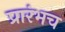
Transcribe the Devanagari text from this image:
प्रारंभच